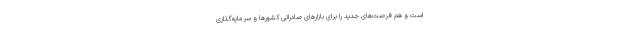
است و هم فرصت‌های جدید را برای بازارهای صادراتی کشورها و سرمایه‌گذاری